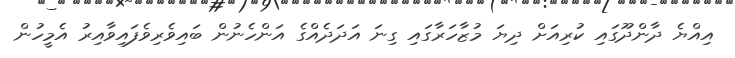
އިއްޔެ ދާންދޫގައި ކުރިއަށް ދިޔަ މުޒާހަރާގައި ގިނަ އަދަދެއްގެ އަންހެނުން ބައިވެރިވެފައިވާއިރު އެމީހުން